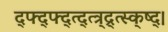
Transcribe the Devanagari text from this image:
द्फ्द्फ्द्त्द्त्त्र्द्र्त्स्क्ष्द्।